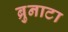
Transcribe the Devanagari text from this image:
ब्रुनाटा